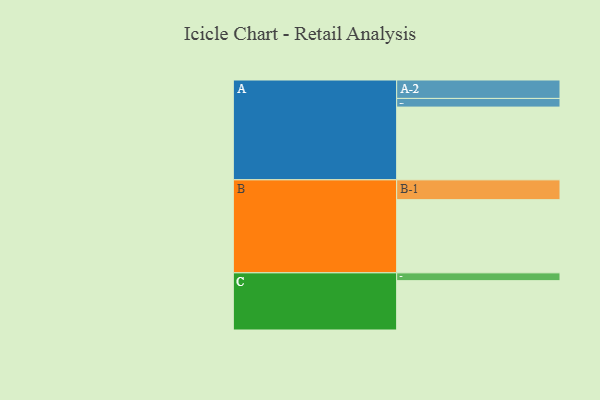
{"axis": {"x": "Segment", "y": "Value"}, "legend": ["", "A", "B", "C"], "data": [{"x": "A", "y": 513, "type": ""}, {"x": "B", "y": 516, "type": ""}, {"x": "C", "y": 348, "type": ""}, {"x": "A-1", "y": 61, "type": "A"}, {"x": "A-2", "y": 130, "type": "A"}, {"x": "B-1", "y": 140, "type": "B"}, {"x": "C-1", "y": 55, "type": "C"}]}